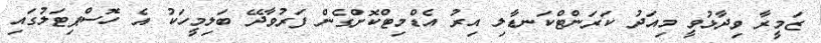
ޒަމީރާ ވިދާޅުވީ މިއަދު ކަރަންޓްކަނޑާލި އިރު އެޑްމިޓްކޮށްގެން ފަރުވާދޭ ބަލިމީހަކު އެ ހޮސްޕިޓަލުގައި